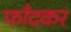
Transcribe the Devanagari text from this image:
फाँदकर